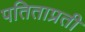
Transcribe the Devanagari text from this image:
पतिताप्रती